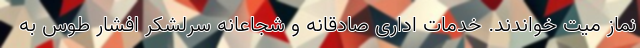
نماز میت خواندند. خدمات اداری صادقانه و شجاعانه سرلشکر افشار طوس به